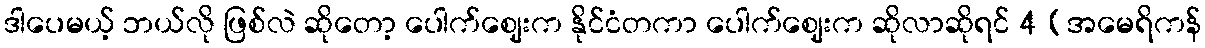
ဒါပေမယ့် ဘယ်လို ဖြစ်လဲ ဆိုတော့ ပေါက်ဈေးက နိုင်ငံတကာ ပေါက်ဈေးက ဆိုလာဆိုရင် 4 (အမေရိကန်